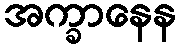
အက္ခာနေန